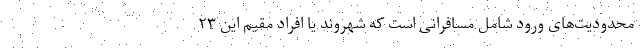
محدودیت‌های ورود شامل مسافرانی است که شهروند یا افراد مقیم این ۲۳